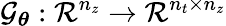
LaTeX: \mathcal G_{\boldsymbol\theta}:\mathcal{R}^{n_{z}}\rightarrow\mathcal{R}^{n_{t}\times n_{z}}